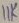
Text: 11k